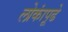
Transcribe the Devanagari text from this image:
लोकांपूढे